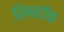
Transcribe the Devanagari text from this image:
रिम्स्टॉक